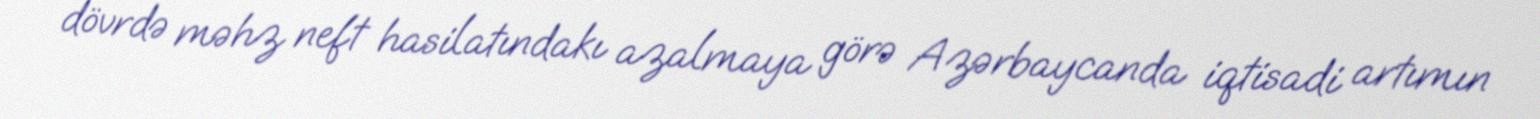
dövrdə məhz neft hasilatındakı azalmaya görə Azərbaycanda iqtisadi artımın